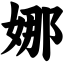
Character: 娜